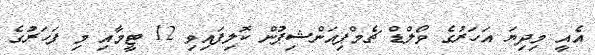
އެއީ މިދިޔަ އަހަރުގެ ވޯލްޑް ޗެމްޕިއަންޝިޕުން ކޮލިފައިވި 12 ޓީމާއި މި ފަހަރުގެ